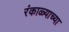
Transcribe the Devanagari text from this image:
रंकाळ्याच्या